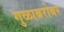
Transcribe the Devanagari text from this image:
गुळाबरोबर